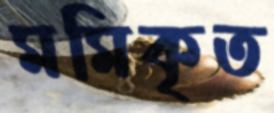
মমিকৃত